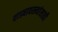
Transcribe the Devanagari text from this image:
वाड्यावस्त्यांसाठी